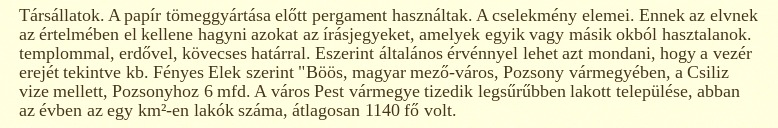
Társállatok. A papír tömeggyártása előtt pergament használtak. A cselekmény elemei. Ennek az elvnek az értelmében el kellene hagyni azokat az írásjegyeket, amelyek egyik vagy másik okból hasztalanok. templommal, erdővel, kövecses határral. Eszerint általános érvénnyel lehet azt mondani, hogy a vezér erejét tekintve kb. Fényes Elek szerint "Böös, magyar mező-város, Pozsony vármegyében, a Csiliz vize mellett, Pozsonyhoz 6 mfd. A város Pest vármegye tizedik legsűrűbben lakott települése, abban az évben az egy km²-en lakók száma, átlagosan 1140 fő volt.